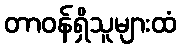
တာဝန်ရှိသူများထံ